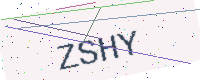
Text: ZSHY